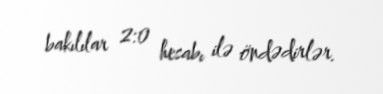
bakılılar 2:0 hesabı ilə öndədirlər.